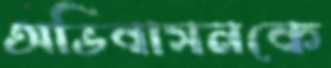
অভিবাসনকে